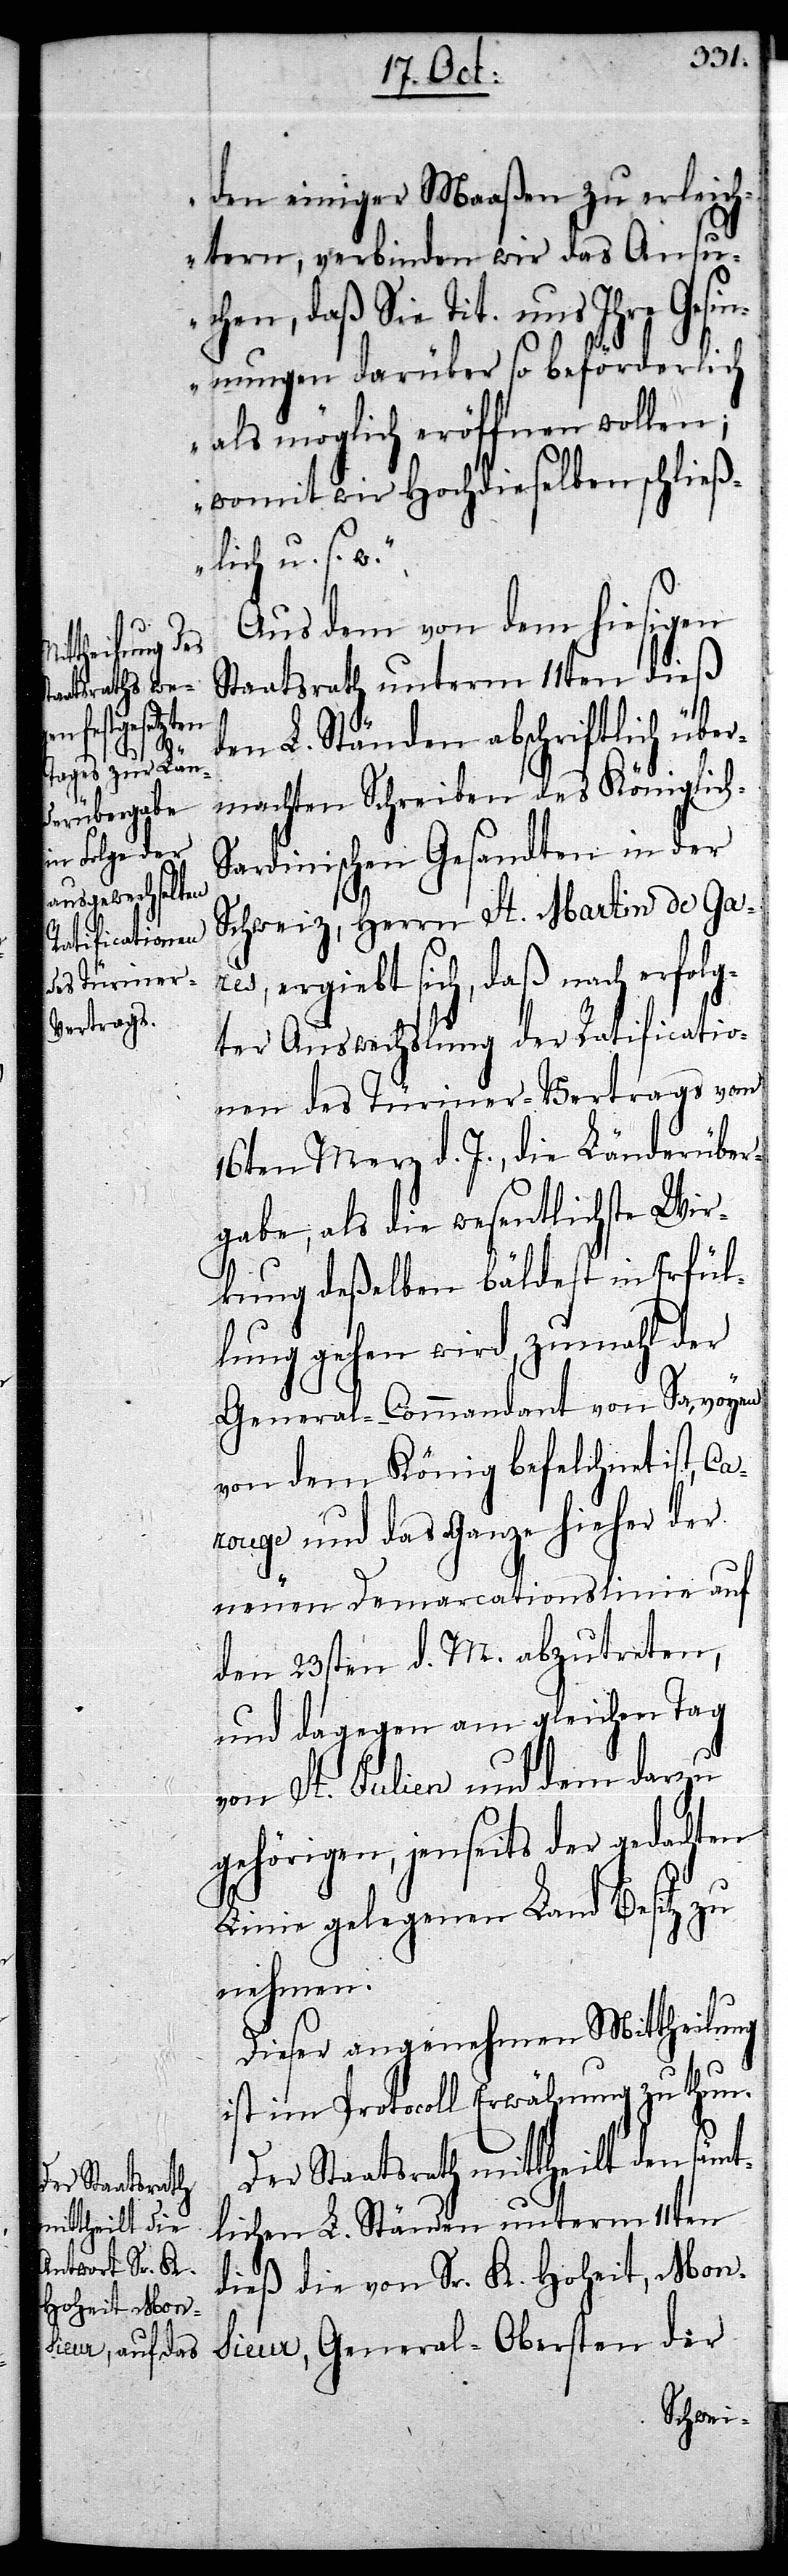
Sr. K.
Hoheit, Mon¬

den einiger Maaßen zu erleich¬
tern, verbinden wir das Ansu¬
chen, daß sie Tit. uns Ihre Gesin¬
nungen darüber beförderlich
als möglich eröffnen wollen;
womit wir Hochdieselben schließ¬
lich u. s. w.“
Aus dem von dem hiesigen
Staatsrath unterm 11ten dieß
den L. Ständen abschriftlich über¬
machten Schreiben des Königlic¬
ardinischen Gesandten in der
Schweiz, Herrn St. Martin de Gar¬
es, ergiebt sich, daß nach erfolg¬
ter Auswechslung der Ratificatio¬
nen des Türiner-Vertrags vom
16ten Merz d. J., die Länderüber¬
gabe, als die wesentlichste Wir¬
kung deßelben bäldest in Erfül¬
lung gehen wird, zumahl der
General-Commandant von Savoyen
von dem König befelchnet ist, Ca¬
rouge und das Ganze hieher der
neuen Demarcationslinie auf
den 23sten d. M. abzutreten,
und dagegen am gleichen Tag
die
von St. Julien und dem darzu
gehörigen, jenseits der gedachten
Linie gelegenen Land Besitz zu
nehmen.
Dieser angenehmen Mittheilung
ist im Protocoll Erwähnung zu thun.
Der Staatsrath mittheilt den sämt¬
lichen L. Ständen unterm 11ten
sieur, General-Obersten der